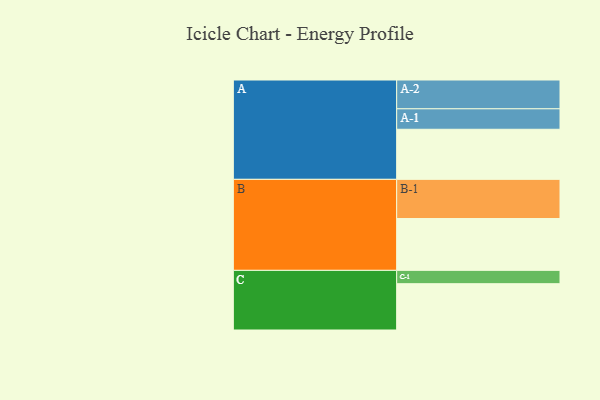
{"axis": {"x": "Segment", "y": "Value"}, "legend": ["", "A", "B", "C"], "data": [{"x": "A", "y": 372, "type": ""}, {"x": "B", "y": 385, "type": ""}, {"x": "C", "y": 344, "type": ""}, {"x": "A-1", "y": 152, "type": "A"}, {"x": "A-2", "y": 214, "type": "A"}, {"x": "B-1", "y": 291, "type": "B"}, {"x": "C-1", "y": 99, "type": "C"}]}